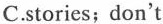
C. stories； don't